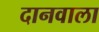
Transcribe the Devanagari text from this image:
दानवाला